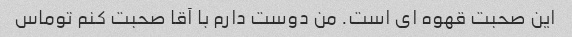
این صحبت قهوه ای است. من دوست دارم با آقا صحبت کنم توماس